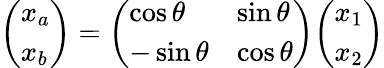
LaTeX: {\left(\begin{array}{l}{x_{a}}\\ {x_{b}}\end{array}\right)}={\left(\begin{array}{ll}{\cos\theta}&{\sin\theta}\\ {-\sin\theta}&{\cos\theta}\end{array}\right)}{\left(\begin{array}{l}{x_{1}}\\ {x_{2}}\end{array}\right)}